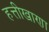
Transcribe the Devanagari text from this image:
हत्तीखाणा